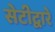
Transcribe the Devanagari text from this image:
सेटीद्वारे